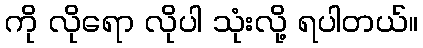
ကို လိုရော လိုပါ သုံးလို့ ရပါတယ်။